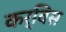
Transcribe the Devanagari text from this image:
कर्विस